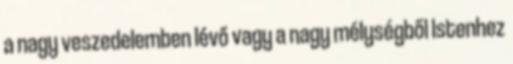
a nagy veszedelemben lévő vagy a nagy mélységből Istenhez